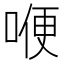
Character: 𠷊